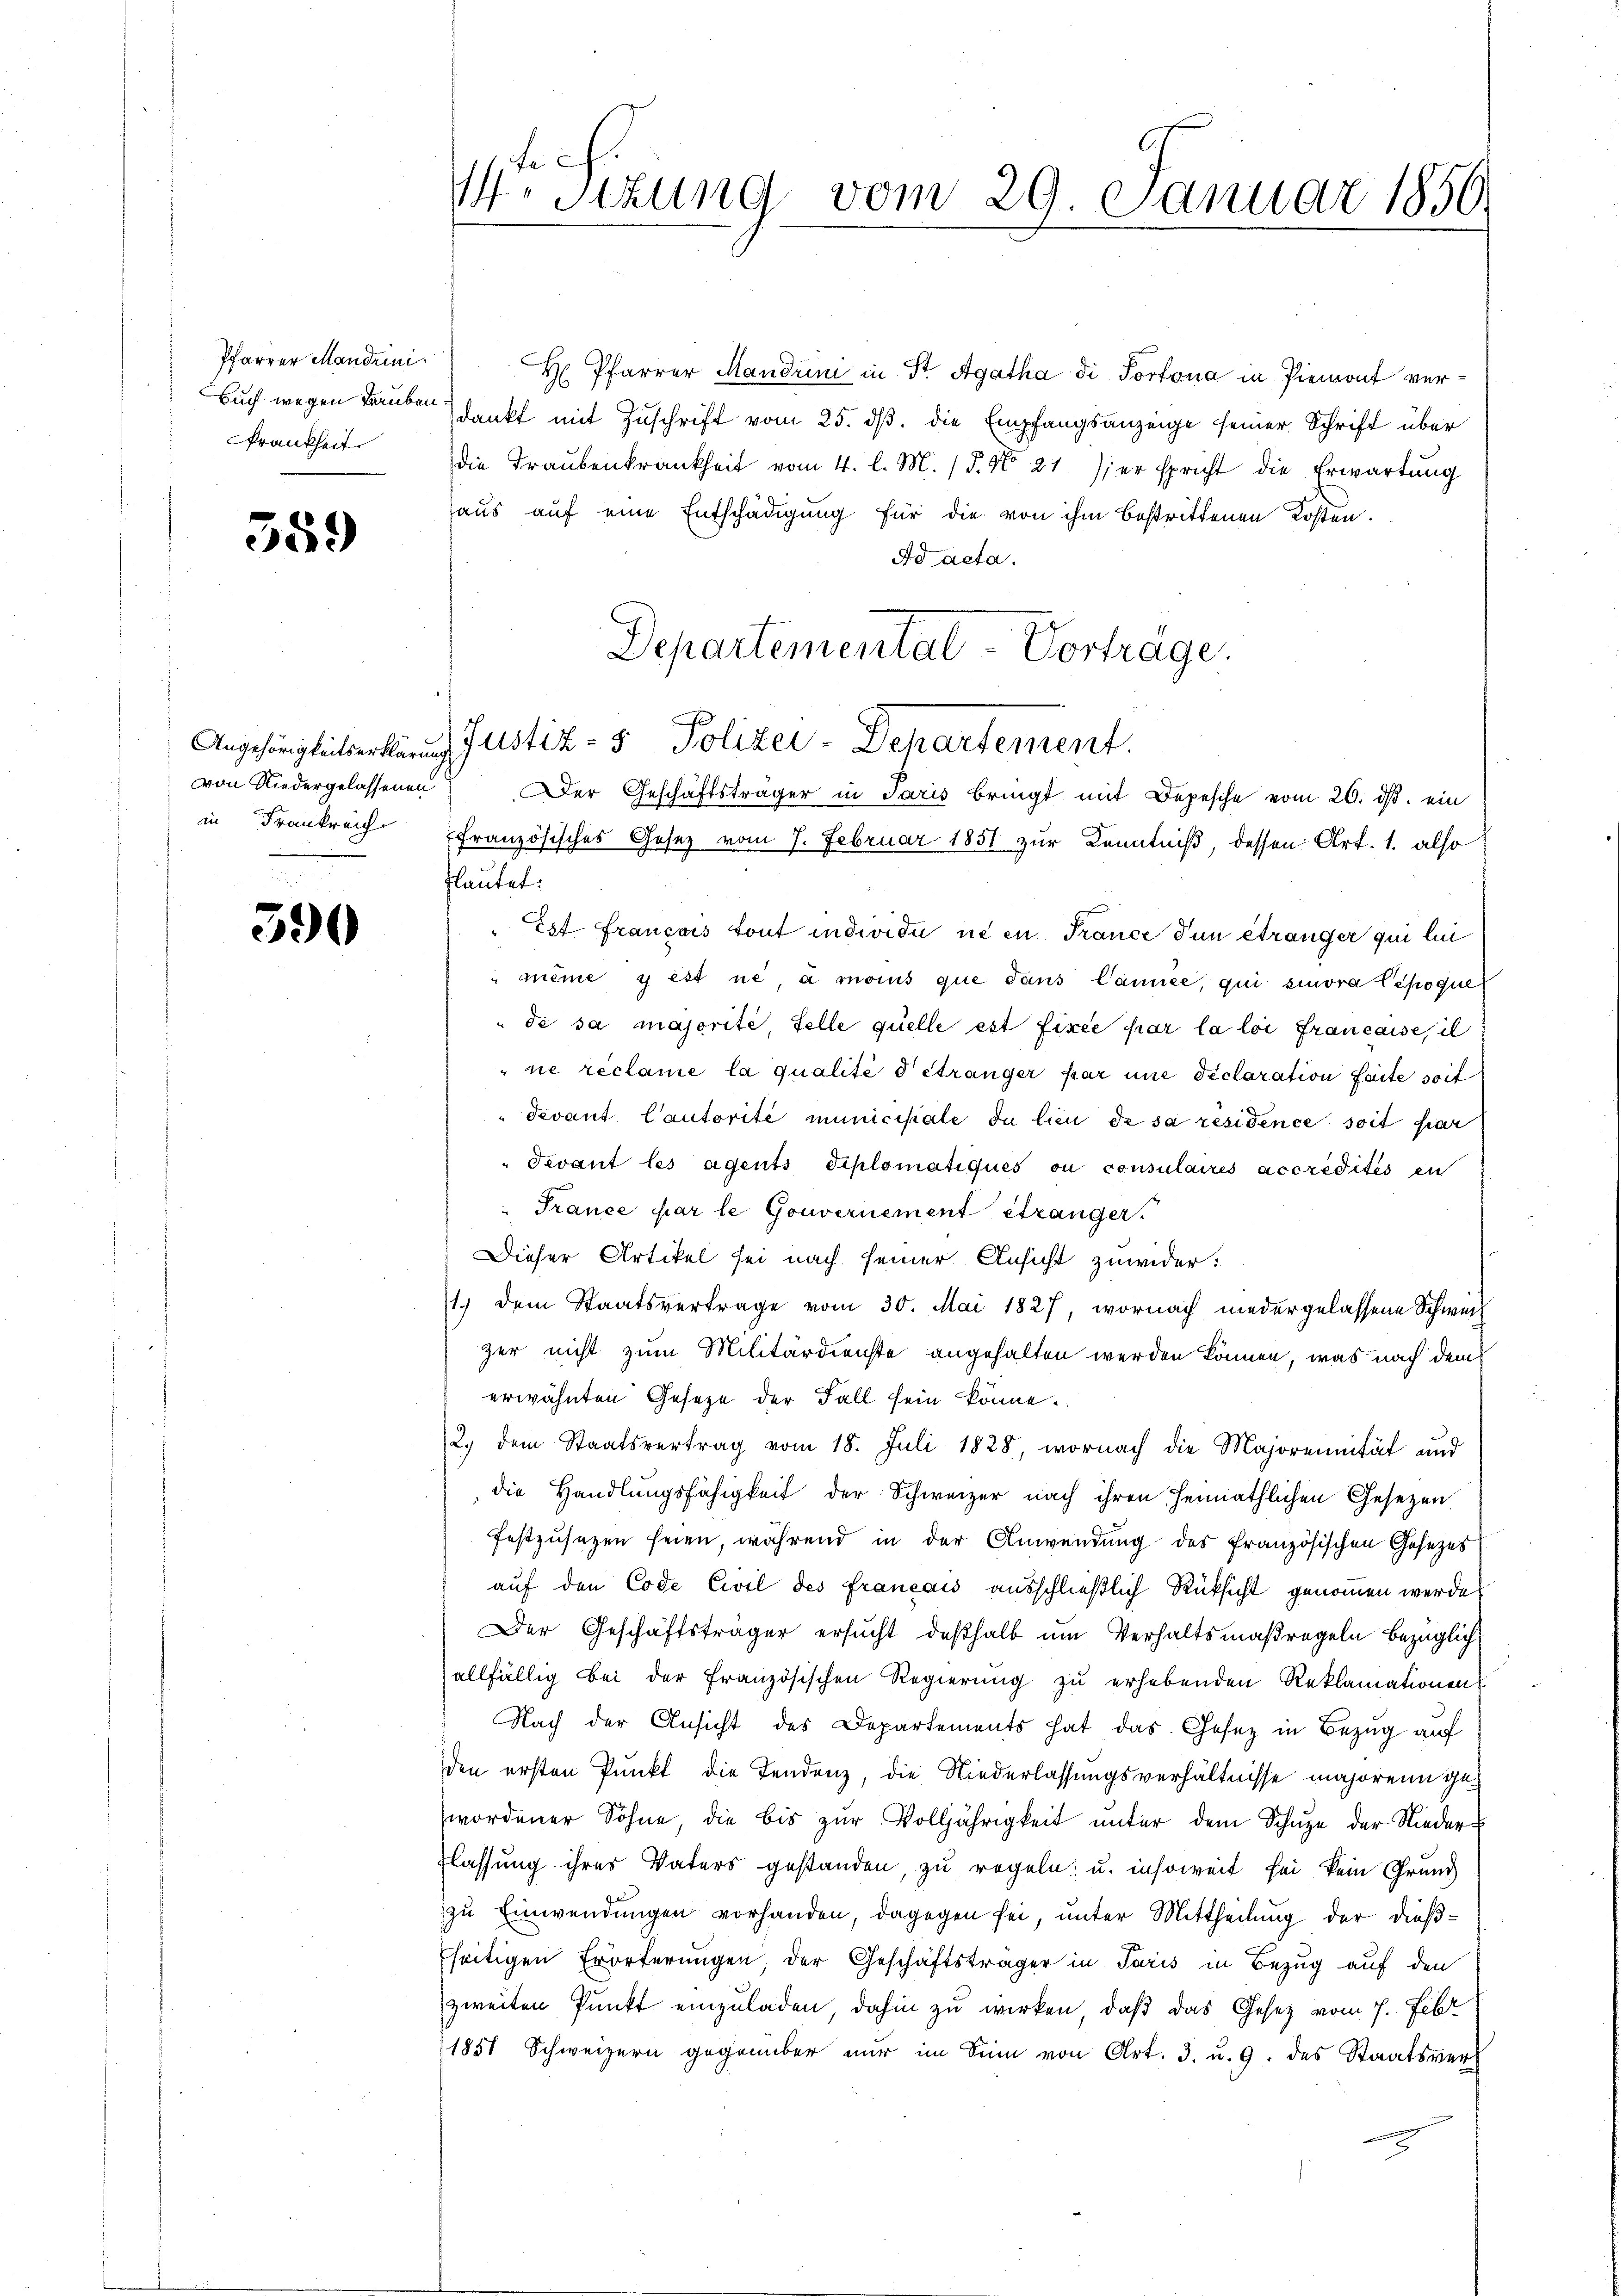
Pfarrer Mandrini
Buch wegen Tauben
Frankheit.

359

von Niedergelassenen
in Frankreich

390

M. Sizung vom 29. Januar 1850.

H. Pfarrer Mandrini in St. Agatha di Portona in Piemont verdankt mit Zuschrift vom 25. dß. die Empfangsanzeige seiner Schrift über
die Traubenkrankheit vom 4. l. M. / 5. No 21. er spricht die Erwartung
aus auf eine Entschädigung für die von ihm bestrittenen Kosten.
Ad acta.
ffranzösisches Gesetz vom 7. Februar 1851 zur Kenntniß, dessen Art. 1. also
lautet:
Est Francois tout individi ne in France dun étranger qui lui
même y est ne, à moins que dans Cannée, qui smora Cepoque
de sa majorité, Felle quelle est firce par la loi francaise, il
ne reclame la qualité détranger par une déclaration faite soit
devant Cautorite municipale in lien de sa residence soit hier
Fevant les agents diplomatiques ou consulaires accredites en
France par le Gouvernement étranger.
Dieser Artikel sei nach seiner Ansicht zuwider.
1.) Dem Staatsvertrage vom 30. Mai 1827, wornach niedergelassene Schweiz
zer nicht zum Militärdienste angehalten werden können, was nach dem
erwähnten Gesetze der Fall sein könne.
2. dem Staatsvertrag vom 18. Juli 1828, wornach die Majorennität und
die Handlungsfähigkeit der Schweizer nach ihren heimathlichen Gesetzen
festzusetzen seien, während in der Anwendung des französischen Gesezes
auf den Code Civil des francois ausschließlich Rücksicht genommen werde.
Der Geschäftsträger ersucht deßhalb um Verhaltsmaßregeln bezüglich
allfällig bei der französischen Regierung zu erhebenden Reklamationen
Nach der Ansicht des Departements hat das Gesetz in Bezug auf
den ersten Punkt die Tendenz, die Niederlassungsverhältnisse majorenn gewordener Söhne, die bis zŭr Volljährigkeit unter dem Schŭze der Nieder-
flassung ihres Vaters gestanden, zu regeln, u. insoweit sei kein Grund
zu Einwendungen vorhanden, dagegen sei, unter Mittheilung der dießfseitigen Erörterungen der Geschäftsträger in Paris in Bezug auf den
zweiten Punkt einzuladen, dahin zu wirken, daß das Gesetz vom 7. Febr
1851 Schweizern gegenüber nur im Sinn von Art. 3. u. 9. des Staatsver-

Departemental-Vorträge.
Angehänglichtserklärung Justiz- & Polizei-Departement.
Der Geschäftsträger in Paris bringt mit Depesche vom 20. dβ. ein